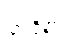
ဘရိတ်